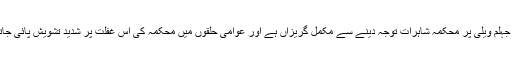
شاہراہ جہلم ویلی پر محکمہ شاہرات توجہ دینے سے مکمل گریزاں ہے اور عوامی حلقوں میں محکمہ کی اس غفلت پر شدید تشویش پائی جاتی ہے۔